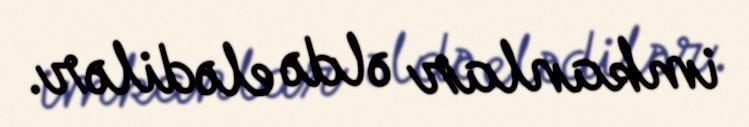
imkanlar əldə elədilər.